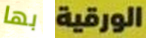
بها الورقية